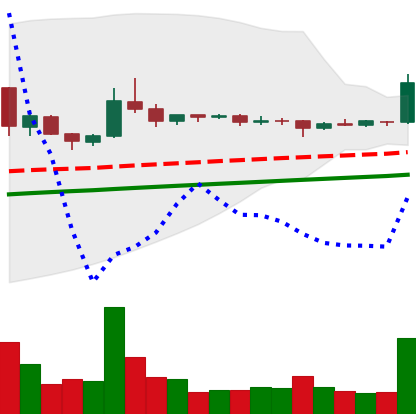
Ticker: DOGE-USD
Chart end date: 2020-08-01
Forward return: -3.497%
Label: down_3_5